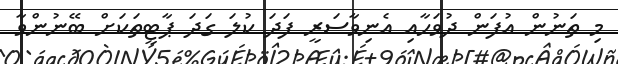
މި ތަނުން އުފަން ދުވަހާއި އެނިވާސަރީ ފަދަ ކުލަ ގަދަ ޕާޓީތަކަށް ބޭނުންވާ